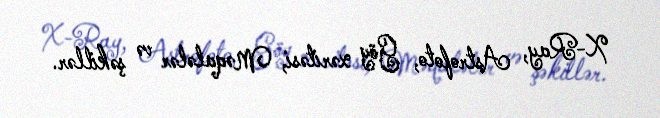
X-Ray, Astrofoto, Göy xəritəsi, Məqalələr və şəkillər.